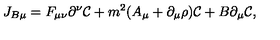
J _ { B \mu } = F _ { \mu \nu } \partial ^ { \nu } { \cal C } + m ^ { 2 } ( A _ { \mu } + \partial _ { \mu } \rho ) { \cal C } + B \partial _ { \mu } { \cal C } ,